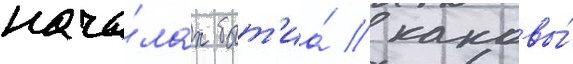
нача́лах быт'иа́ / каковы́